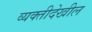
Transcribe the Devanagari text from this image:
व्यक्तीदेखील